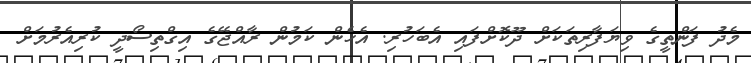
މެދު ފަންތީގެ ވިޔަފާރިތަކަށް ދޫކޮށްފައި އެބަހުރި. އެހެން ކަމުން ރާއްޖޭގެ އިގްތިސޯދީ ކުރިއެރުމަށް